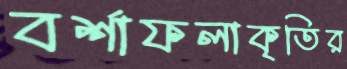
বর্শাফলাকৃতির